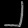
Digit: ၂